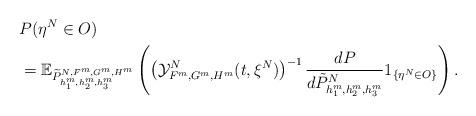
LaTeX: \begin{align*}&P(\eta^N\in O)\\&=\mathbb{E}_{\widetilde{P}_{h_1^m, h_2^m, h_3^m}^{N, F^m, G^m, H^m}}\left(\left(\mathcal{Y}_{F^m, G^m, H^m}^N(t, \xi^N)\right)^{-1}\frac{dP}{d\tilde{P}^N_{h_1^m, h_2^m, h_3^m}}1_{\{\eta^N\in O\}}\right). \end{align*}